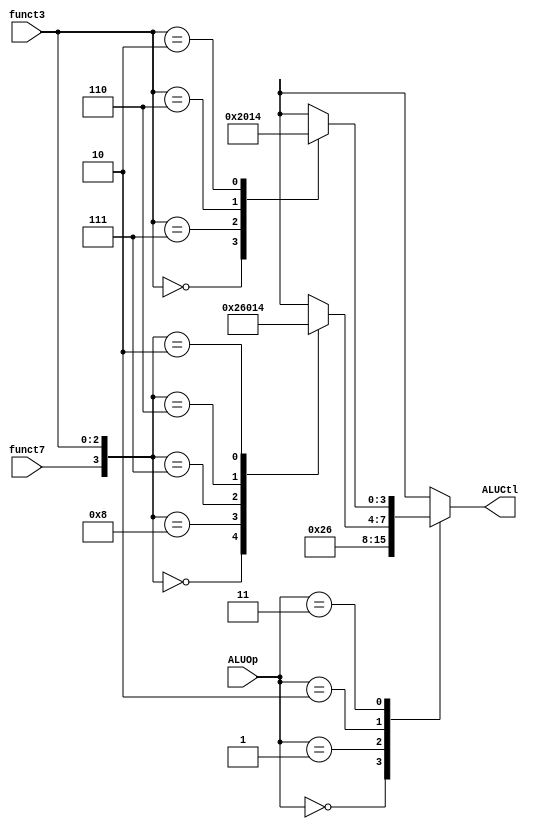
module ALUCtrl (
    input [1:0] ALUOp,
    input funct7,
    input [2:0] funct3,
    output reg [3:0] ALUCtl
);

    // TODO: implement your ALU control here
    // For testbench verifying, Do not modify input and output pin
    // Hint: using ALUOp, funct7, funct3 to select exact operation

    always @(*) begin
        case(ALUOp)
            2'b00: ALUCtl = 4'b0010;
            2'b01: ALUCtl = 4'b0110;
            2'b10: case({funct7, funct3})
                4'b0000: ALUCtl = 4'b0010; // add
                4'b1000: ALUCtl = 4'b0110; // sub
                4'b0111: ALUCtl = 4'b0000; // and
                4'b0110: ALUCtl = 4'b0001; // or
                4'b0010: ALUCtl = 4'b0100; // slt
                default: ALUCtl = 4'bxxxx;
            endcase
            2'b11: case(funct3)
                3'b000: ALUCtl = 4'b0010; // addi
                3'b111: ALUCtl = 4'b0000; // andi
                3'b110: ALUCtl = 4'b0001; // ori
                3'b010: ALUCtl = 4'b0100; // slti
                default: ALUCtl = 4'bxxxx;
            endcase
            default: ALUCtl = 4'bxxxx;
        endcase
    end

endmodule